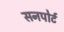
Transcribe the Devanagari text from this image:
सनपोर्ट